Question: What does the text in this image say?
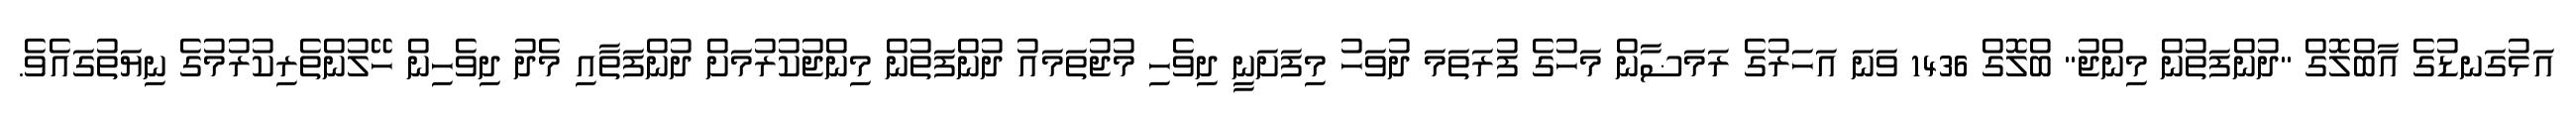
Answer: އަޅުގަނޑުގެ އާބްލޮގް "ދުންފަތުން މިންޖު" ބްލޮގް 1436 ވަނަ އަހަރުގެ ރަމަޟާން މަހުގެ ފުރަތަމަ ދުވަހު މިފަށަނީ ދިވެހި މުޖުތަމައު ދުންފަތުން މިންޖުކުރުމަށް ދުންފަތާއި މެދު ދިވެހިން ހޭލުންތެރިކުރުމުގެ ނިޔަތުގައެވެ.